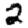
Digit: 2